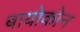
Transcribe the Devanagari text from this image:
बायोकोन